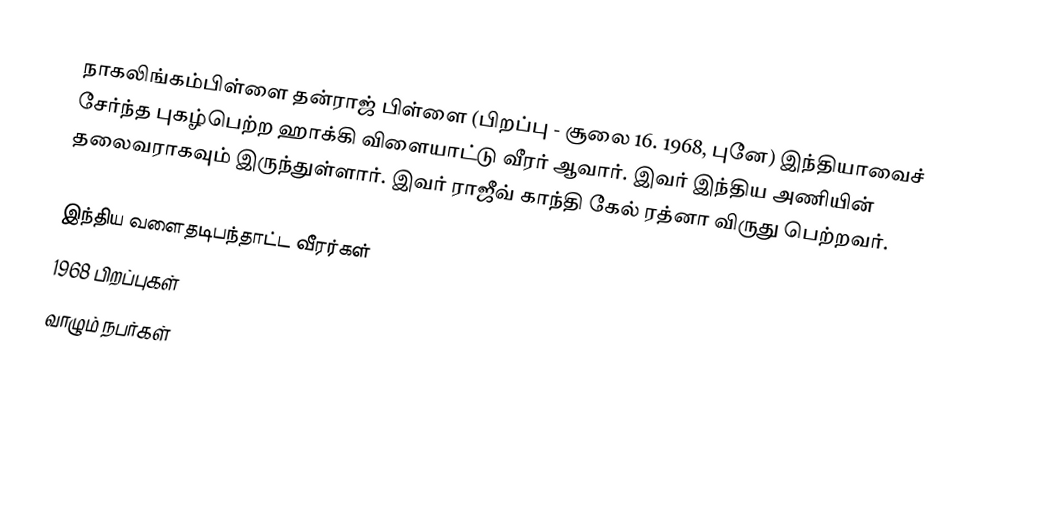
நாகலிங்கம்பிள்ளை தன்ராஜ் பிள்ளை (பிறப்பு - சூலை 16. 1968, புனே) இந்தியாவைச் சேர்ந்த புகழ்பெற்ற ஹாக்கி விளையாட்டு வீரர் ஆவார். இவர் இந்திய அணியின் தலைவராகவும் இருந்துள்ளார். இவர் ராஜீவ் காந்தி கேல் ரத்னா விருது பெற்றவர்.

இந்திய வளைதடிபந்தாட்ட வீரர்கள்
1968 பிறப்புகள்
வாழும் நபர்கள்